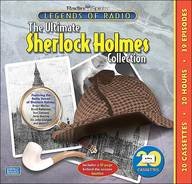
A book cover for Legends of Radio: The Ultimate Sherlock Holmes Collection (20-Hour Collections); Radio Spirits; Humor & Entertainment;